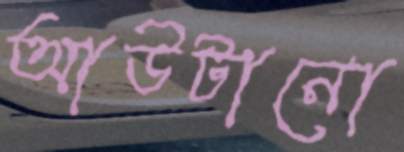
আউটানো